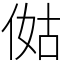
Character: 㑬